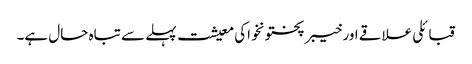
قبائلی علاقے اور خیبر پختونخواکی معیشت پہلے سے تباہ حال ہے۔